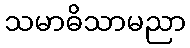
သမာဓိသာမညာ